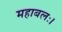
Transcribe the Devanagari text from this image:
महाबलः।